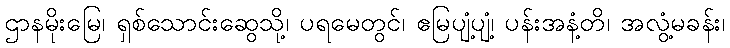
ဌာနမိုးမြေ၊ ရှစ်သောင်းဆွေသို့၊ ပရမေတွင်၊ ဧမြပျံ့ပျံ့၊ ပန်းအနံ့တိ၊ အလွံ့မခန်း၊